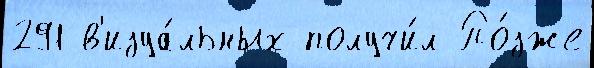
291 в'изуа́льных получи́л По́зже